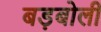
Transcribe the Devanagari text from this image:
बड़बोली